Vaccination in Bombay 1889-1901 - 1889-1901
Year: 1889
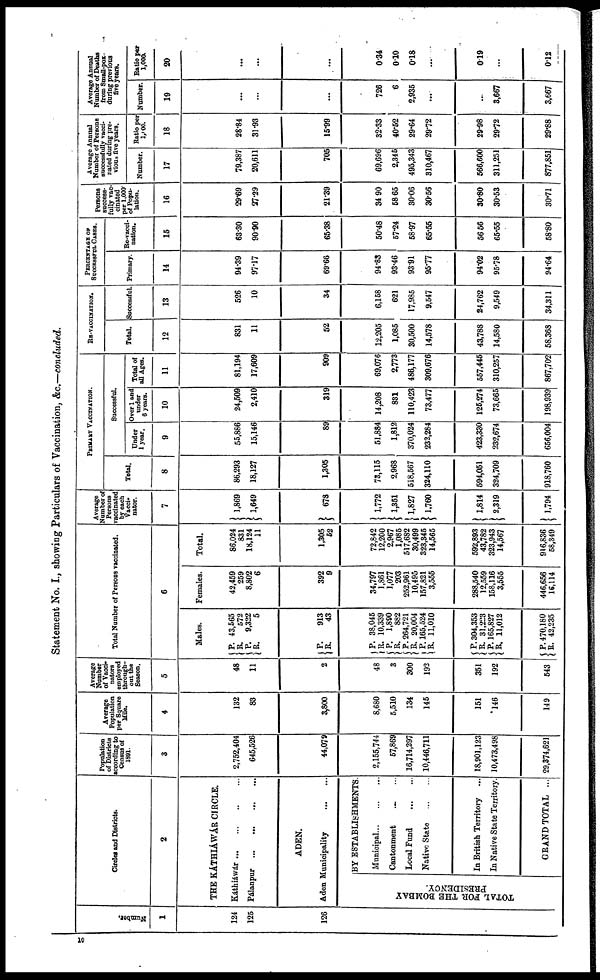
Statement No. I., showing Particulars of Vaccination, &c.—concluded.
Number.
1
124
125
126
Circles and Districts.
2
THE KÁTHIÁWÁR CIRCLE.
Káthiáwár...
...
...
...
Pálanpur
...
...
...
...
ADEN.
Aden Municipality
...
...
BY ESTABLISHMENTS.
TOTAL FOR THE BOMBAY
PRESIDENCY.
Municipal...
...
...
Cantonment
... ...
Local Fund
...
...
Native State
...
...
In British Territory ...
In Native State Territory.
GRAND TOTAL ...
Population
of Districts
according to
Census of
1891.
3
2,752,404
645,526
44,079
2,155,744
57,869
16,714,297
10,446,711
18,901,123
10,473,498
29,374,621
Average
Population
per Square
Mile.
4
132
83
3,800
8,680
5,510
134
145
151
146
149
Average
Number
of Vacci¬
nators
employed
through-
out the
Season.
5
48
11
2
48
3
300
192
351
192
543
Total Number of Persons vaccinated.
6
Males.
P.
R.
P.
R.
43,565
572
9,322
5
P.
R.
913
43
P.
R.
P.
R.
P.
R.
P.
R.
P.
R.
P.
R.
P.
R.
38,045
10,339
1,890
882
264,721
20,004
165,524
11,010
304,353
31,223
165,827
11,012
470,180
42,235
Females.
42,459
259
8,802
6
392
9
34,797
1,861
1,077
203
252,961
10,495
157,821
3,555
288,540
12,559
158,116
3,555
446,656
16,114
Total.
86,024
831
18,124
11
1,305
52
72,842
12,200
2,967
1,085
517,682
30,499
323,345
14,565
592,893
43,782
323,943
14,567
916,836
58,349
Average
Number of
Persons
vaccinated
by each
Vacci¬
nator.
7
1,869
1,649
678
1,772
1,351
1,827
1,760
1,814
2,319
1,794
PRIMARY VACCINATION.
Total.
8
86,293
18,127
1,305
75,115
2,968
518,567
324,110
594,051
324,709
918,760
Successful.
Under
1 year.
9
55,886
15,146
89
51,884
1,812
370,024
232,284
423,330
232,674
656,004
Over 1 and
under
6 years.
10
24,509
2,410
319
14,208
831
110,423
73,477
125,274
73,665
198,939
Total of
all Ages.
11
81,194
17,609
909
69,076
2,773
486,177
309,676
557,445
310,257
867,702
RE-VACCINATION.
Total.
12
831
11
52
12,205
1,085
30,500
14,578
43,788
14,580
58,368
Successful
13
526
10
34
6,158
621
17,985
9,547
24,762
9,549
34,311
PERCENTAGE OF
SUCCESSFUL CASES.
Primary.
14
94.39
97.17
69.66
94.83
93.46
93.91
95.77
94.02
95.78
94.64
Re-vacci-
nation.
15
63.30
90.90
65.38
50.48
57.24
58.97
65.55
56.56
65.55
58.80
Persons
success-
fully vac-
cinated
per 1,000
of Popu-
lation.
16
29.69
27.29
21.39
34.90
58.65
30.06
30.56
30.80
30.53
30.71
Average Annual
Number of Persons
successfully vacci-
nated during pre-
vious five years.
Number.
17
79,387
20,611
705
69,696
2,345
495,343
310,467
566,600
311,251
877,851
Ratio per
1,000.
18
28.84
31.93
15.99
32.33
40.52
29.64
29.72
29.98
29.72
29.88
Average Annual
Number of Deaths
from Small-pox
during previous
five years.
Number.
19
...
...
...
726
6
2,935
...
3
3,667
3,667
Ratio per
1,000
20
...
...
...
0.34
0.10
0.18
...
0.19
...
0.12
10